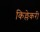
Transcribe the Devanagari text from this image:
किल्लेकरी